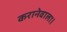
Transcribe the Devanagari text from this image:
करानेवाला।